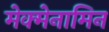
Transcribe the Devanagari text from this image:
मेक्मेनामिन